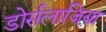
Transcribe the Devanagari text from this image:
डोर्सलाजिया